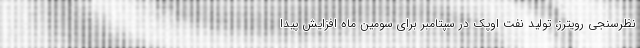
نظرسنجی رویترز، تولید نفت اوپک در سپتامبر برای سومین ماه افزایش پیدا